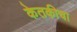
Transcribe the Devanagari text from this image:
केतकीचा